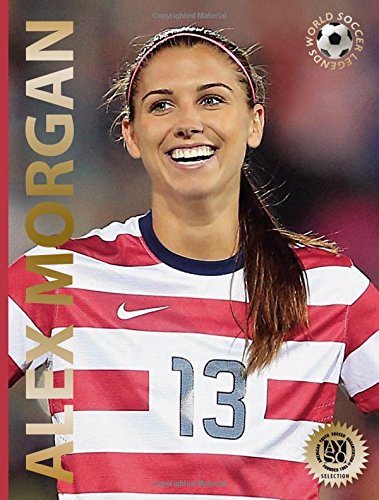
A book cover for Alex Morgan (World Soccer Legends); Illugi JÃ¶kulsson; Children's Books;